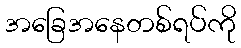
အခြေအနေတစ်ရပ်ကို